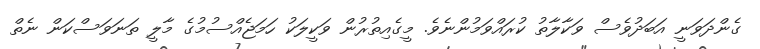
ގެންދަވަނީ އަބަދުވެސް ވަކާލާތު ކުރައްވަމުންނެވެ. މީގެއިތުރުން ވަކީލަކު ހަމަޖެއްސުމުގެ މާލީ ތަނަވަސްކަން ނެތް